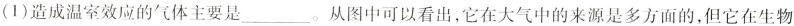
(1)造成温室效应的气体主要是_。从图中可以看出，它在大气中的来源是多方面的，但它在生物